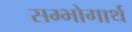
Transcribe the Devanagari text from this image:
सम्भोगार्थ